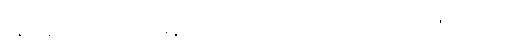
ရန်ကုန်တက္ကသိုလ်မှာ မနုဿဗေဒဘာသာရပ်ကို အစပျိုးနိုင်အောင်လည်း